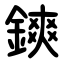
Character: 鏯